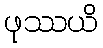
ဖုဿယိ